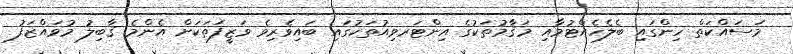
މަސައްކަތް ހިންގައި ބެލެހެއްޓުމާއި މަޤާމުތަކުގެ އިންޓަރވިއުތަކުގައި ބައިވެރިވެ ވަޒީފަތަކަށް އެންމެ ޤާބިލު މުވައްޒަފު